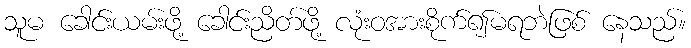
သူမ ခေါင်းယမ်းဖို့ ခေါင်းညိတ်ဖို့ လုံးဝအားစိုက်၍မရဘဲဖြစ် နေသည်။